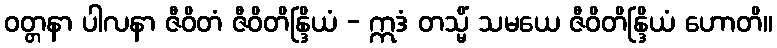
ဝတ္တနာ ပါလနာ ဇီဝိတံ ဇီဝိတိန္ဒြိယံ - ဣဒံ တသ္မိံ သမယေ ဇီဝိတိန္ဒြိယံ ဟောတိ။